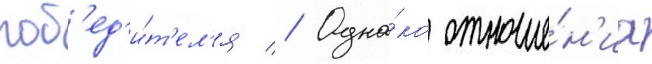
поб'ед'и́т'ел'я // Одна́ко отноше́н'иа